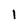
Character: I